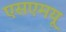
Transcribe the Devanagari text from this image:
एसएमयू